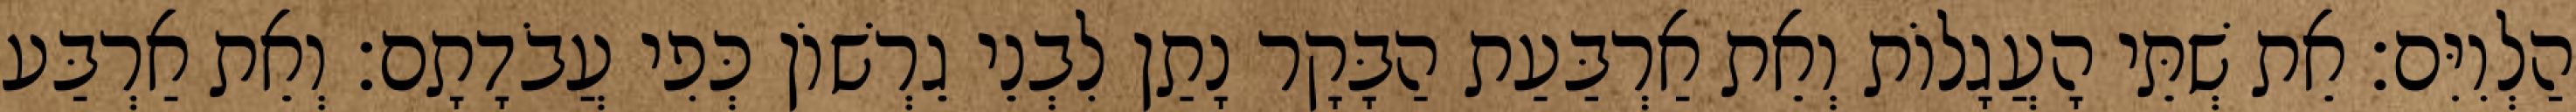
הַלְוִיִּם׃ אֵת שְׁתֵּי הָעֲגָלוֹת וְאֵת אַרְבַּעַת הַבָּקָר נָתַן לִבְנֵי גֵרְשׁוֹן כְּפִי עֲבֹדָתָם׃ וְאֵת אַרְבַּע